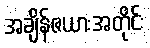
အချိန်ဇယားအတိုင်း